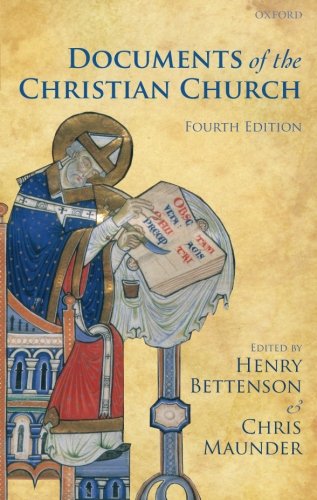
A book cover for Documents of the Christian Church; Christian Books & Bibles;